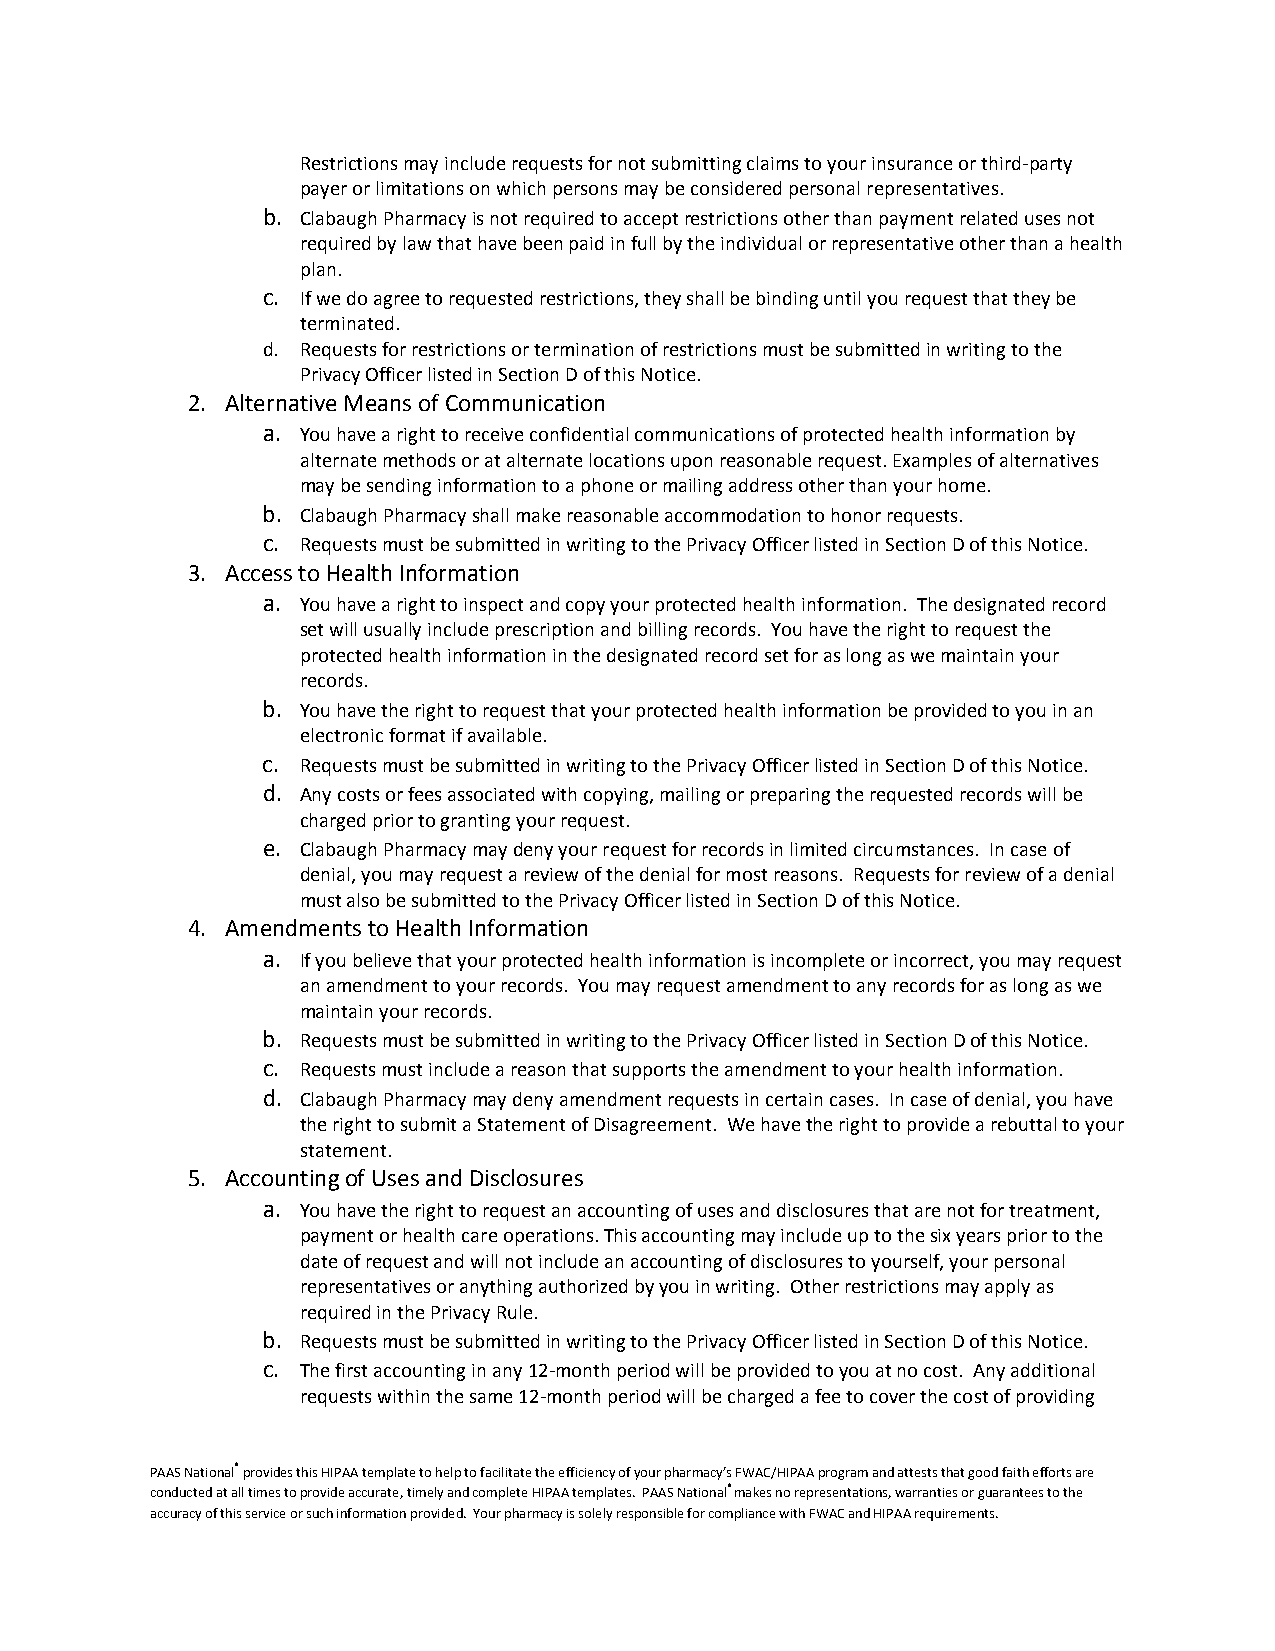
Restrictions may include requests for not submitting claims to your insurance or third-party
 payer or limitations on which persons may be considered personal representatives.
 b. Clabaugh Pharmacy is not required to accept restrictions other than payment related uses not
 required by law that have been paid in full by the individual or representative other than a health
 plan.
 c. If we do agree to requested restrictions, they shall be binding until you request that they be
 terminated.
 d. Requests for restrictions or termination of restrictions must be submitted in writing to the
 Privacy Officer listed in Section D of this Notice.
 2. Alternative Means of Communication
 a. You have a right to receive confidential communications of protected health information by
 alternate methods or at alternate locations upon reasonable request. Examples of alternatives
 may be sending information to a phone or mailing address other than your home.
 b. Clabaugh Pharmacy shall make reasonable accommodation to honor requests.
 c. Requests must be submitted in writing to the Privacy Officer listed in Section D of this Notice.
 3. Access to Health Information
 a. You have a right to inspect and copy your protected health information. The designated record
 set will usually include prescription and billing records. You have the right to request the
 protected health information in the designated record set for as long as we maintain your
 records.
 b. You have the right to request that your protected health information be provided to you in an
 electronic format if available.
 c. Requests must be submitted in writing to the Privacy Officer listed in Section D of this Notice.
 d. Any costs or fees associated with copying, mailing or preparing the requested records will be
 charged prior to granting your request.
 e. Clabaugh Pharmacy may deny your request for records in limited circumstances. In case of
 denial, you may request a review of the denial for most reasons. Requests for review of a denial
 must also be submitted to the Privacy Officer listed in Section D of this Notice.
 4. Amendments to Health Information
 a. If you believe that your protected health information is incomplete or incorrect, you may request
 an amendment to your records. You may request amendment to any records for as long as we
 maintain your records.
 b. Requests must be submitted in writing to the Privacy Officer listed in Section D of this Notice.
 c. Requests must include a reason that supports the amendment to your health information.
 d. Clabaugh Pharmacy may deny amendment requests in certain cases. In case of denial, you have
 the right to submit a Statement of Disagreement. We have the right to provide a rebuttal to your
 statement.
 5. Accounting of Uses and Disclosures
 a. You have the right to request an accounting of uses and disclosures that are not for treatment,
 payment or health care operations. This accounting may include up to the six years prior to the
 date of request and will not include an accounting of disclosures to yourself, your personal
 representatives or anything authorized by you in writing. Other restrictions may apply as
 required in the Privacy Rule.
 b. Requests must be submitted in writing to the Privacy Officer listed in Section D of this Notice.
 c. The first accounting in any 12-month period will be provided to you at no cost. Any additional
 requests within the same 12-month period will be charged a fee to cover the cost of providing
 PAAS National® provides this HIPAA template to help to facilitate the efficiency of your pharmacy’s FWAC/HIPAA program and attests that good faith efforts are
 conducted at all times to provide accurate, timely and complete HIPAA templates. PAAS National® makes no representations, warranties or guarantees to the
 accuracy of this service or such information provided. Your pharmacy is solely responsible for compliance with FWAC and HIPAA requirements.